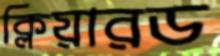
ক্লিয়ারড